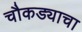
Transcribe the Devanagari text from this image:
चौकड्याचा